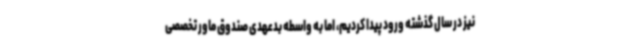
نیز در سال گذشته ورود پیدا کردیم، اما به واسطه بدعهدی صندوق ماور تخصصی